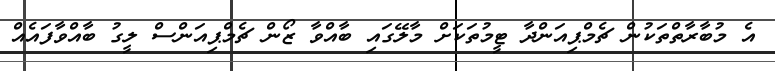
އެ މުބާރާތްތަކުން ޗެމްޕިއަންދާ ޓީމުތަކަށް މާލޭގައި ބާއްވާ ޒޯން ޗެމްޕިއަންސް ލީގު ބާއްވާފައެއް